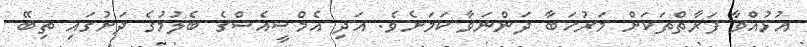
އުޅުއްވާ ފަރާތްތަކަށް މަރުހަބާ ދަންނަވާ ކަމަށެވެ. އަދި އެމްސީއެސްގެ ބެލުމުގެ ދަށުގައި ތިބޭ